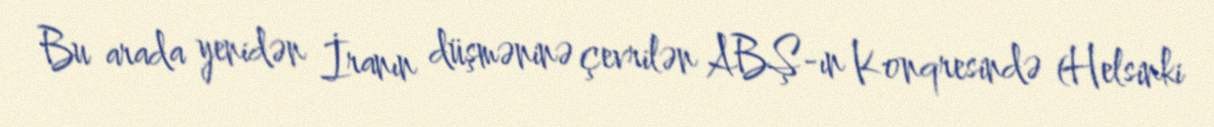
Bu arada yenidən İranın düşməninə çevrilən ABŞ-ın Konqresində (Helsinki